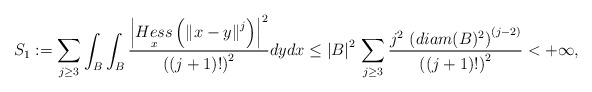
\begin{align*}S_{1} := \sum_{j \geq 3} \int_{B} \int_{B} \frac{\left\vert \underset{x}{Hess} \left( \left\Vert x - y \right\Vert^{j} \right) \right\vert^{2} }{ \left( (j+1)! \right)^{2}} dy dx \leq \left\vert B \right\vert^{2} \, \sum_{j \geq 3} \frac{j^{2} \, \left( diam(B)^{2}\right)^{(j-2)}}{ \left( (j+1)! \right)^{2}} < +\infty,\end{align*}